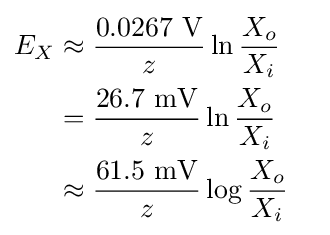
{\begin{aligned}E_{X}&\approx {\frac {0.0267\ \mathrm {V} }{z}}\ln {\frac {X_{o}}{X_{i}}}\\&={\frac {26.7\ \mathrm {mV} }{z}}\ln {\frac {X_{o}}{X_{i}}}\\&\approx {\frac {61.5\ \mathrm {mV} }{z}}\log {\frac {X_{o}}{X_{i}}}&\end{aligned}}